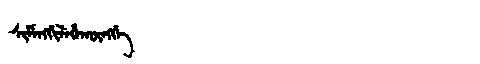
Manchu: ᠰᡳᠮᡝᠩᡤᡳᠯᡝᡥᠠᡴᡡᠩᡤᡝ
Romanization: SIMENGGILEHAKŪNGGE